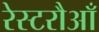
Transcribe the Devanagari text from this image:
रेस्टरौआँ